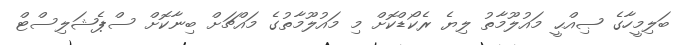
ބަލިމީހާގެ ޞިއްޙީ މައުލޫމާތު ލިޔެ ރެކޯޑްކޮށް މި މައުލޫމާތުގެ މައްޗަށް ބިނާކޮށް ސްޕެޝަލިސްޓް